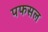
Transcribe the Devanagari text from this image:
पफसल